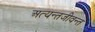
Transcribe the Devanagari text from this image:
अत्यन्तजीवन्त